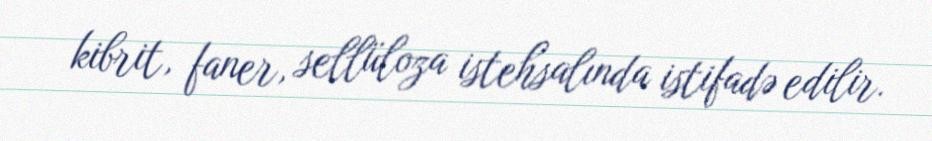
kibrit, faner, sellüloza istehsalında istifadə edilir.